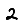
Digit: 2